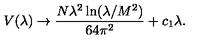
V ( \lambda ) \rightarrow \frac { N \lambda ^ { 2 } \ln ( \lambda / M ^ { 2 } ) } { 6 4 \pi ^ { 2 } } + c _ { 1 } \lambda .